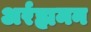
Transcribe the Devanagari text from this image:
अर्रह्ममन